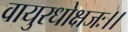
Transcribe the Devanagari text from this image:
वायुरधोक्षजः।।